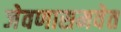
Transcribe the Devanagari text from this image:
जेवणासमवेत